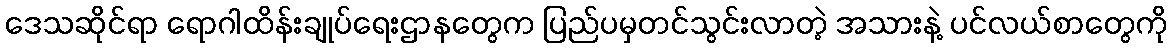
ဒေသဆိုင်ရာ ရောဂါထိန်းချုပ်ရေးဌာနတွေက ပြည်ပမှတင်သွင်းလာတဲ့ အသားနဲ့ ပင်လယ်စာတွေကို